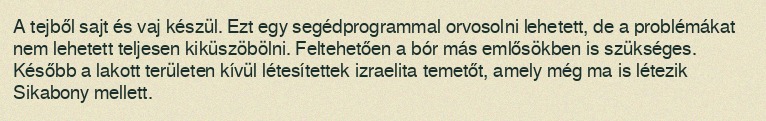
A tejből sajt és vaj készül. Ezt egy segédprogrammal orvosolni lehetett, de a problémákat nem lehetett teljesen kiküszöbölni. Feltehetően a bór más emlősökben is szükséges. Később a lakott területen kívül létesítettek izraelita temetőt, amely még ma is létezik Sikabony mellett.